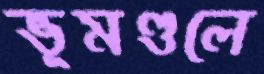
ভূমণ্ডলে